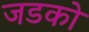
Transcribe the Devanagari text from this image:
जडको